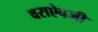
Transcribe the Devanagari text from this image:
वराऐवजी